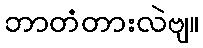
ဘာတံတားလဲဗျ။